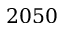
2 0 5 0